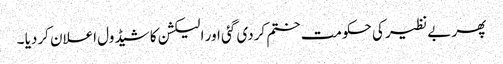
پھر بے نظیر کی حکومت ختم کردی گئی اور الیکشن کا شیڈول اعلان کردیا ۔